Annual report on the Civil Veterinary Department, Burma (including the Insein Veterinary School) - 1923-1931
Year: 1923
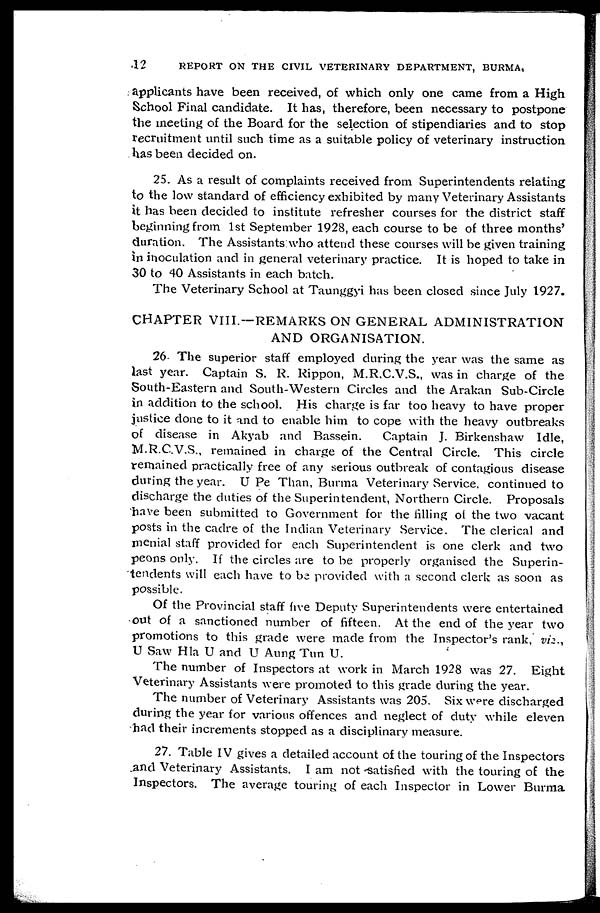
12
REPORT ON THE CIVIL VETERINARY DEPARTMENT, BURMA,
applicants have been received, of which only one came from a High
School Final candidate. It has, therefore, been necessary to postpone
the meeting of the Board for the selection of stipendiaries and to stop
recruitment until such time as a suitable policy of veterinary instruction
has been decided on.
25. As a result of complaints received from Superintendents relating
to the low standard of efficiency exhibited by many Veterinary Assistants
it has been decided to institute refresher courses for the district staff
beginning from 1st September 1928, each course to be of three months'
duration. The Assistants:who attend these courses will be given training
in inoculation and in general veterinary practice. It is hoped to take in
30 to 40 Assistants in each batch.
The Veterinary School at Taunggyi has been closed since July 1927.
CHAPTER VIII.—REMARKS ON GENERAL ADMINISTRATION
AND ORGANISATION.
26. The superior staff employed during the year was the same as
last year. Captain S. R. Rippon, M.R.C.V.S., was in charge of the
Sonth-Eastern and South-Western Circles and the Arakan Sub-Circle
in addition to the school. His charge is far too heavy to have proper
justice done to it and to enable him to cope with the heavy outbreaks
of disease in Akyab and Bassein.
Captain J. Birkenshaw Idle,
M.R.C.V.S., remained in charge of the Central Circle. This circle
remained practically free of any serious outbreak of contagious disease
during the year. U Pe Than, Burma Veterinary Service, continued to
discharge the duties of the Superintendent, Northern Circle. Proposals
have been submitted to Government for the filling of the two vacant
posts in the cadre of the Indian Veterinary Service. The clerical and
menial staff provided for each Superintendent is one clerk and two
peons only. If the circles are to be properly organised the Superin-
tendents will each have to be provided with a second clerk as soon as
possible.
Of the Provincial staff five Deputy Superintendents were entertained
out of a sanctioned number of fifteen. At the end of the year two
promotions to this grade were made from the Inspector's rank, viz.,
U Saw Hla U and U Aung Tun U.
The number of Inspectors at work in March 1928 was 27. Eight
Veterinary Assistants were promoted to this grade during the year.
The number of Veterinary Assistants was 205. Six were discharged
during the year for various offences and neglect of duty while eleven
had their increments stopped as a disciplinary measure.
27. Table IV gives a detailed account of the touring of the Inspectors
and Veterinary Assistants. I am not satisfied with the touring of the
Inspectors. The average touring of each Inspector in Lower Burma